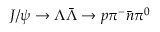
J / \psi \to \Lambda \bar { \Lambda } \to p \pi ^ { - } \bar { n } \pi ^ { 0 }